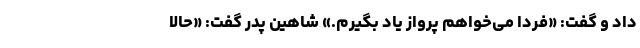
داد و گفت: «فردا می‌خواهم پرواز یاد بگیرم.» شاهینِ پدر گفت: «حالا